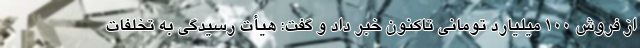
از فروش ۱۰۰ میلیارد تومانی تاکنون خبر داد و گفت: هیأت رسیدگی به تخلفات